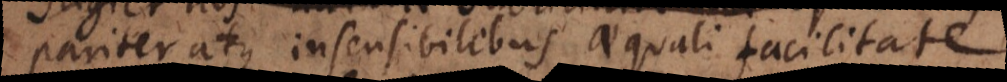
pariter atque insensibilibus aequali facilitate